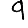
Digit: 9